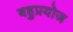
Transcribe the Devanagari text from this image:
बहुप्रयोज